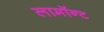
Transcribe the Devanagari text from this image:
लामॉन्ट